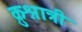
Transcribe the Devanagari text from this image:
क्रुश्नात्री